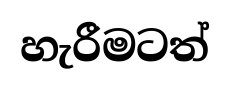
හැරීමටත්